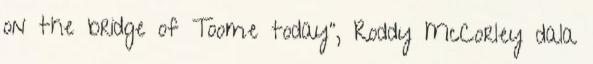
on the bridge of Toome today", Roddy McCorley dala